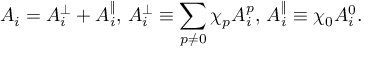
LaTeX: A _ { i } = A _ { i } ^ { \perp } + A _ { i } ^ { \| } , \, A _ { i } ^ { \perp } \equiv \sum _ { p \neq 0 } \chi _ { p } A _ { i } ^ { p } , \, A _ { i } ^ { \| } \equiv \chi _ { 0 } A _ { i } ^ { 0 } .